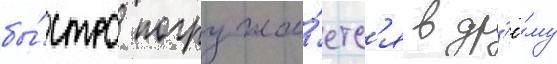
бы́стро погружа́етс'я в др'ё́му